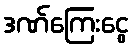
ဒဏ်ကြေးငွေ